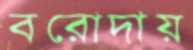
বরোদায়